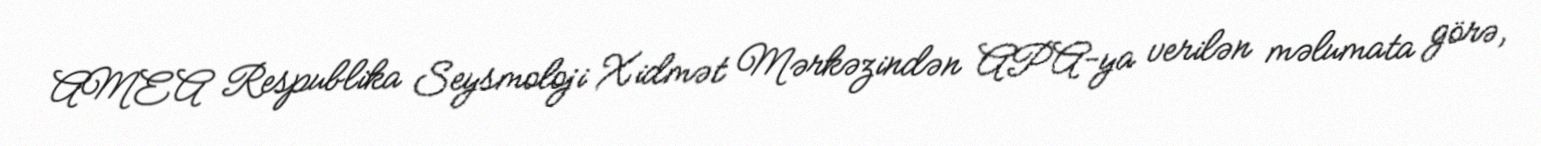
AMEA Respublika Seysmoloji Xidmət Mərkəzindən APA-ya verilən məlumata görə,